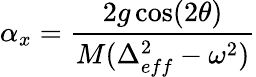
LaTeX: \alpha_{x}=\frac{2g\cos(2\theta)}{M(\Delta_{eff}^{2}-\omega^{2})}